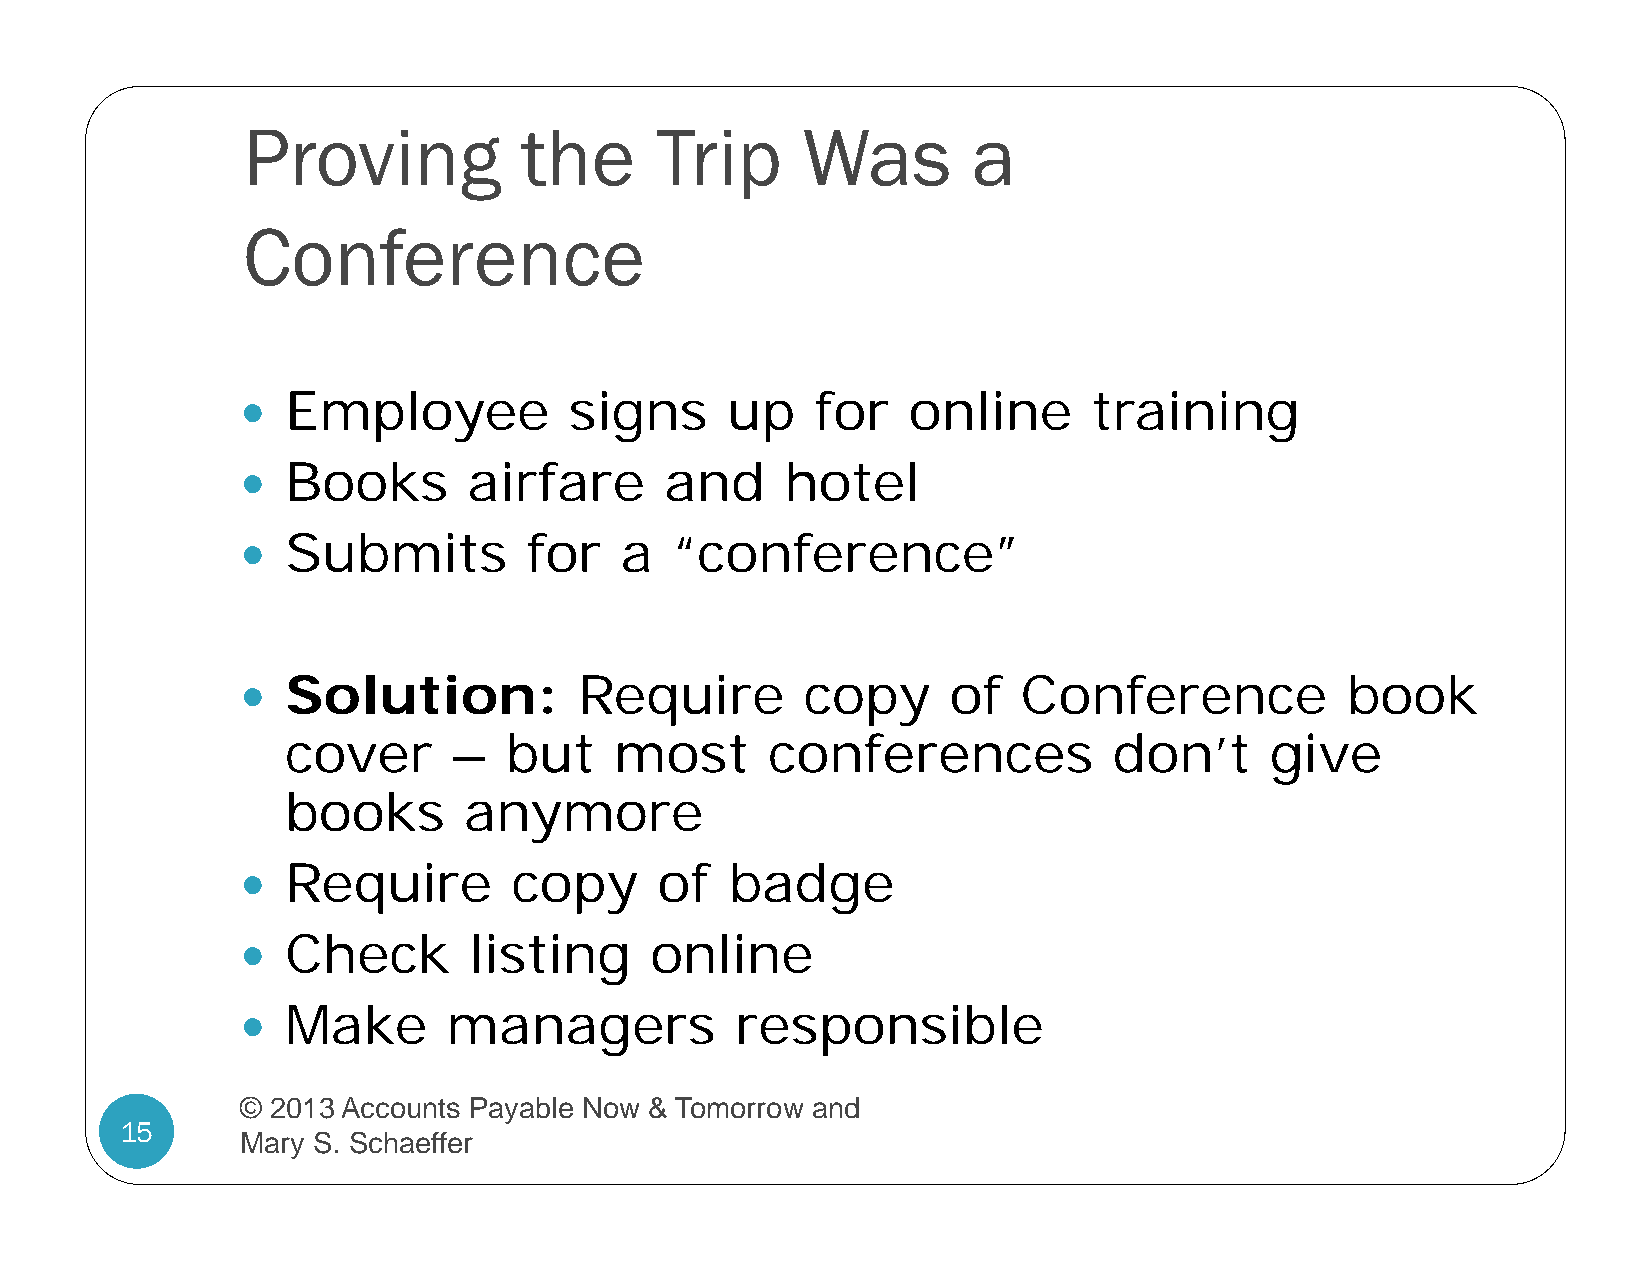
Proving           the      Trip      Was        a
 Conference
 Employee           signs     up    for   online      training
 
 Books       airfare      and     hotel
 
 Submits         for   a  “conference”
 
 Solution:          Require        copy      of   Conference           book
 
 cover      –  but     most      conferences            don’t     give
 books       anymore
 Require        copy      of  badge
 
 Check       listing     online
 
 Make       managers           responsible
 
 © 2013 Accounts Payable Now & Tomorrow and
 15
 Mary S. Schaeffer